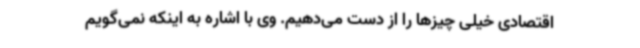
اقتصادی خیلی چیزها را از دست می‌دهیم. وی با اشاره به اینکه نمی‌گویم